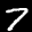
Label: 7